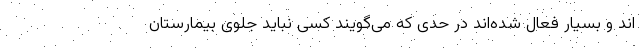
اند و بسیار فعال شده‌اند در حدی که می‌گویند کسی نباید جلوی بیمارستان